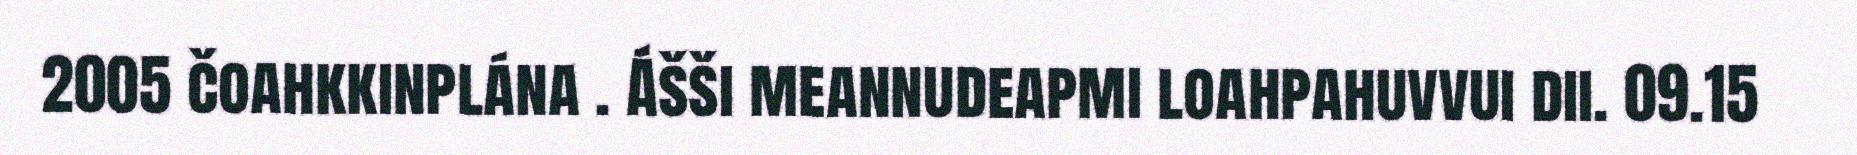
2005 čoahkkinplána . Ášši meannudeapmi loahpahuvvui dii. 09.15